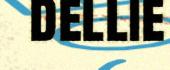
dellie